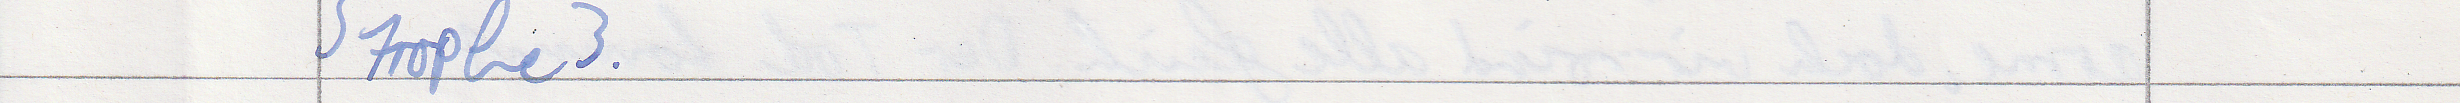
Strophe 3.